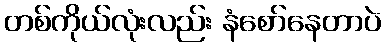
တစ်ကိုယ်လုံးလည်း နံစော်နေတာပဲ